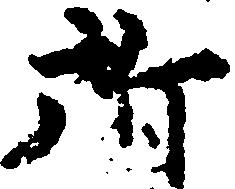
所